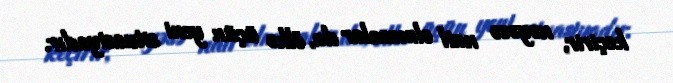
keçirir, nəyəsə nail olmasalar da, ölkə üçün yeni situasiyadır.